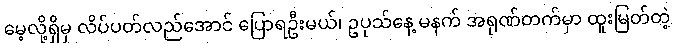
မေ့လို့ရှိမှ လိပ်ပတ်လည်အောင် ပြောရဦးမယ်၊ ဥပုသ်နေ့ မနက် အရုဏ်တက်မှာ ထူးမြတ်တဲ့